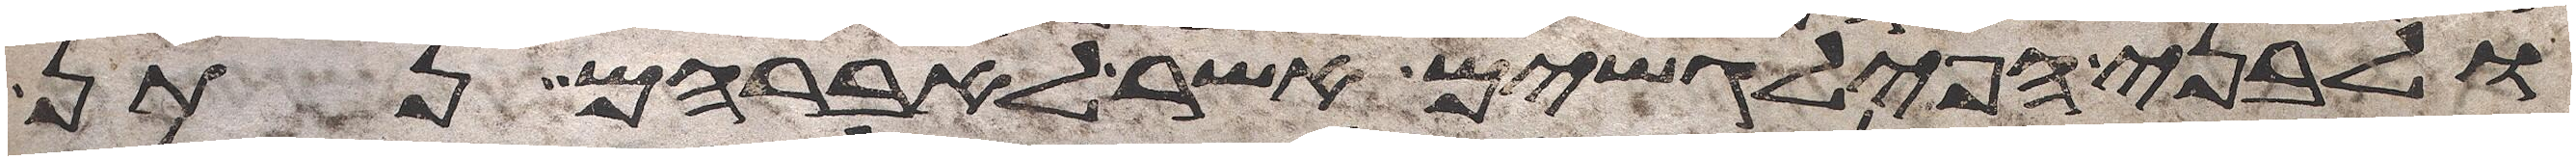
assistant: ולבני הפילגשים אשר לאברהם נתן